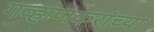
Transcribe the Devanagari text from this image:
गव्हाणकरांच्या